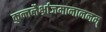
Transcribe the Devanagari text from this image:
कुन्तलैर्भ्राजमानाननम्